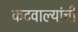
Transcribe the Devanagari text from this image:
कटवाल्यांची